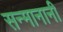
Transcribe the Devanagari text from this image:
सन्मानानी